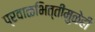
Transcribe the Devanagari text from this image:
प्रवाळभित्तींमुळेही